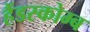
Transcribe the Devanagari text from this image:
हैंडस्कोम्ब